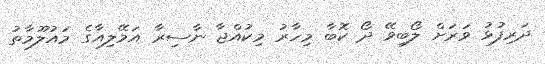
ދަރިފުޅު ވަރަށް ލޯބިވޭ ދޯ ކޮބާ މިހާރު މިކުއްޖާ ނާސިރާ އަމޭލިއާގެ މައުލޫމާތު